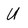
Character: U